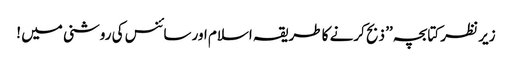
زیر نظر کتابچہ ’’ ذبح کرنے کا طریقہ اسلام اور سائنس کی روشنی میں !